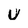
Character: U